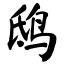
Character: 鸱